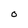
Character: O